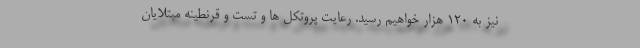
نیز به ۱۲۰ هزار خواهیم رسید. رعایت پروتکل ها و تست و قرنطینه مبتلایان